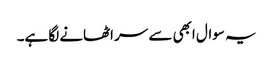
یہ سوال ابھی سے سر اٹھانے لگا ہے۔